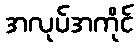
အလုပ်အကိုင်